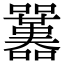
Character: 𡅱